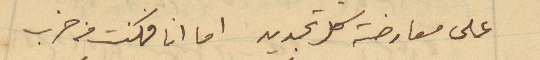
على معارضة كل تجديد اما انا فكنت من حزب